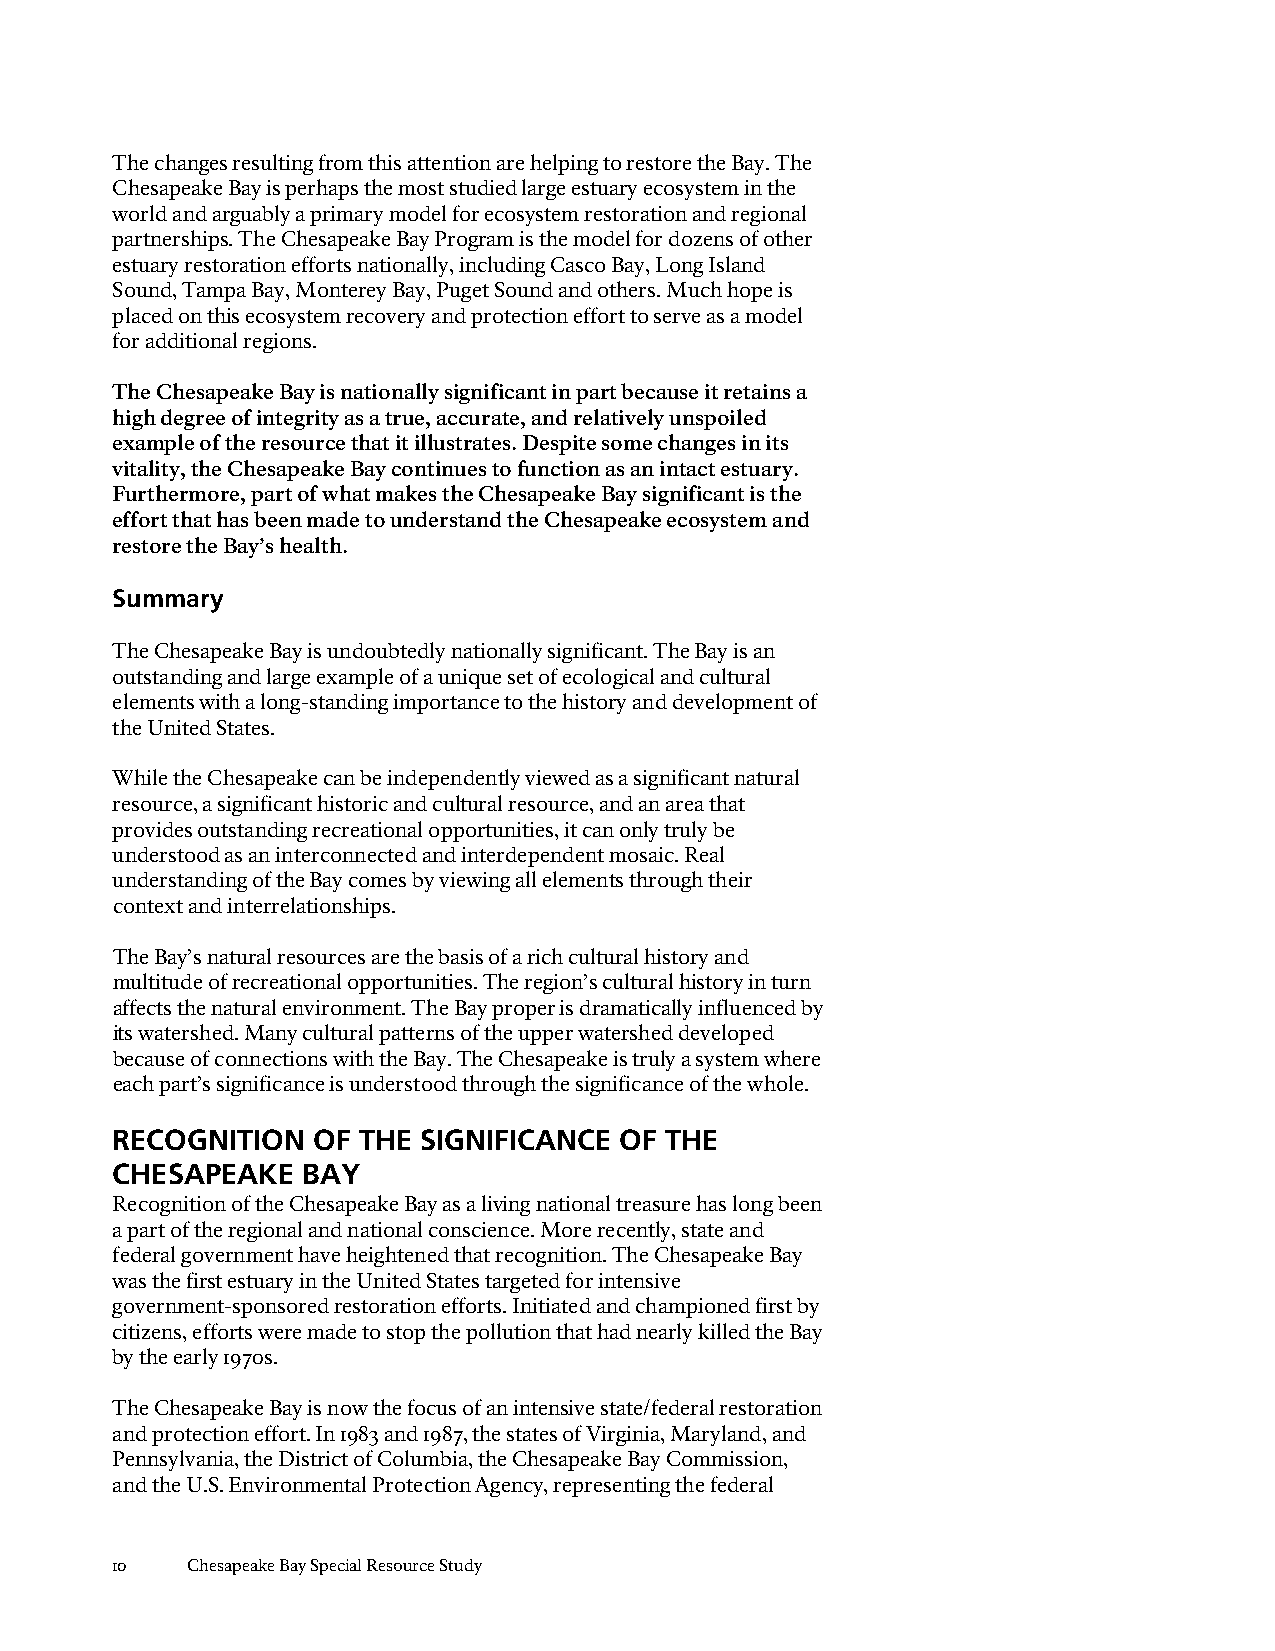
The changes resulting from this attention are helping to restore the Bay. The
 Chesapeake Bay is perhaps the most studied large estuary ecosystem in the
 world and arguably a primary model for ecosystem restoration and regional
 partnerships. The Chesapeake Bay Program is the model for dozens of other
 estuary restoration efforts nationally, including Casco Bay, Long Island
 Sound, Tampa Bay, Monterey Bay, Puget Sound and others. Much hope is
 placed on this ecosystem recovery and protection effort to serve as a model
 for additional regions.
 The Chesapeake Bay is nationally significant in part because it retains a
 high degree of integrity as a true, accurate, and relatively unspoiled
 example of the resource that it illustrates. Despite some changes in its
 vitality, the Chesapeake Bay continues to function as an intact estuary.
 Furthermore, part of what makes the Chesapeake Bay significant is the
 effort that has been made to understand the Chesapeake ecosystem and
 restore the Bay’s health.
 Summary
 The Chesapeake Bay is undoubtedly nationally significant. The Bay is an
 outstanding and large example of a unique set of ecological and cultural
 elements with a long-standing importance to the history and development of
 the United States.
 While the Chesapeake can be independently viewed as a significant natural
 resource, a significant historic and cultural resource, and an area that
 provides outstanding recreational opportunities, it can only truly be
 understood as an interconnected and interdependent mosaic. Real
 understanding of the Bay comes by viewing all elements through their
 context and interrelationships.
 The Bay’s natural resources are the basis of a rich cultural history and
 multitude of recreational opportunities. The region’s cultural history in turn
 affects the natural environment. The Bay proper is dramatically influenced by
 its watershed. Many cultural patterns of the upper watershed developed
 because of connections with the Bay. The Chesapeake is truly a system where
 each part’s significance is understood through the significance of the whole.
 RECOGNITION   OF THE SIGNIFICANCE OF THE
 CHESAPEAKE   BAY
 Recognition of the Chesapeake Bay as a living national treasure has long been
 a part of the regional and national conscience. More recently, state and
 federal government have heightened that recognition. The Chesapeake Bay
 was the first estuary in the United States targeted for intensive
 government-sponsored restoration efforts. Initiated and championed first by
 citizens, efforts were made to stop the pollution that had nearly killed the Bay
 by the early 1970s.
 The Chesapeake Bay is now the focus of an intensive state/federal restoration
 and protection effort. In 1983 and 1987, the states of Virginia, Maryland, and
 Pennsylvania, the District of Columbia, the Chesapeake Bay Commission,
 and the U.S. Environmental Protection Agency, representing the federal
 10   Chesapeake Bay Special Resource Study